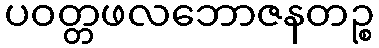
ပဝတ္တဖလဘောဇနတဉ္စ